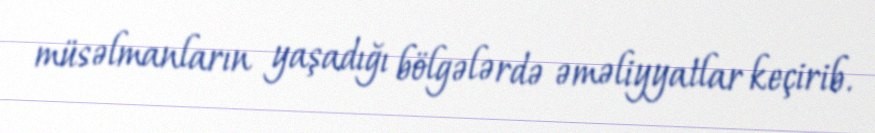
müsəlmanların yaşadığı bölgələrdə əməliyyatlar keçirib.